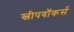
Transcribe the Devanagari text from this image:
स्लीपवॉकर्स